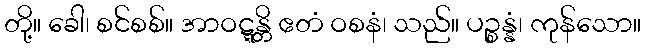
တို့။ ခေါ၊ စင်စစ်။ အာဝဋ္ဋန္တိ ဧတံ ဝစနံ၊ သည်။ ပဉ္စန္နံ၊ ကုန်သော။